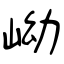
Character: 岰